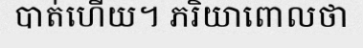
បាត់ហើយ។ ភរិយាពោលថា